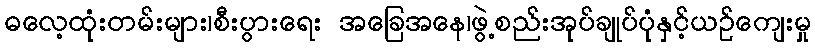
ဓလေ့ထုံးတမ်းများ၊စီးပွားရေး အခြေအနေ၊ဖွဲ့စည်းအုပ်ချုပ်ပုံနှင့်ယဉ်ကျေးမှု